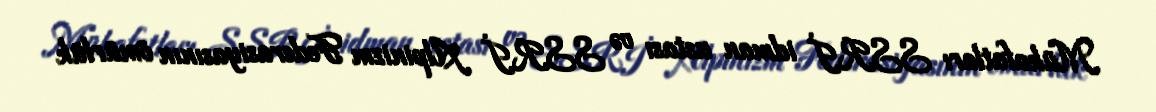
Mükafatları SSRİ idman ustası və SSRİ Alpinizm Federasiyasının ömürlük